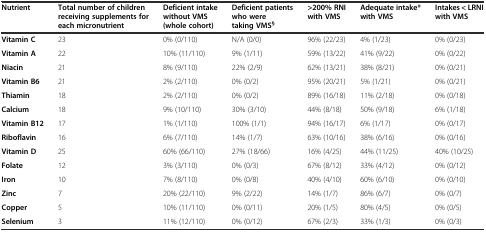
<table><thead><tr><td><b>Nutrient</b></td><td><b>Total number of children receiving supplements for each micronutrient</b></td><td><b>Deficient intake without VMS (whole cohort)</b></td><td><b>Deficient patients who were taking VMS<sup>§</sup></b></td><td><b>&gt;200% RNI with VMS</b></td><td><b>Adequate intake* with VMS</b></td><td><b>Intakes &lt; LRNI with VMS</b></td></tr></thead><tbody><tr><td><b>Vitamin C</b></td><td>23</td><td>0% (0/110)</td><td>N/A (0/0)</td><td>96% (22/23)</td><td>4% (1/23)</td><td>0% (0/23)</td></tr><tr><td><b>Vitamin A</b></td><td>22</td><td>10% (11/110)</td><td>9% (1/11)</td><td>59% (13/22)</td><td>41% (9/22)</td><td>0% (0/22)</td></tr><tr><td><b>Niacin</b></td><td>21</td><td>8% (9/110)</td><td>22% (2/9)</td><td>62% (13/21)</td><td>38% (8/21)</td><td>0% (0/21)</td></tr><tr><td><b>Vitamin B6</b></td><td>21</td><td>2% (2/110)</td><td>0% (0/2)</td><td>95% (20/21)</td><td>5% (1/21)</td><td>0% (0/21)</td></tr><tr><td><b>Thiamin</b></td><td>18</td><td>2% (2/110)</td><td>0% (0/2)</td><td>89% (16/18)</td><td>11% (2/18)</td><td>0% (0/18)</td></tr><tr><td><b>Calcium</b></td><td>18</td><td>9% (10/110)</td><td>30% (3/10)</td><td>44% (8/18)</td><td>50% (9/18)</td><td>6% (1/18)</td></tr><tr><td><b>Vitamin B12</b></td><td>17</td><td>1% (1/110)</td><td>100% (1/1)</td><td>94% (16/17)</td><td>6% (1/17)</td><td>0% (0/17)</td></tr><tr><td><b>Riboflavin</b></td><td>16</td><td>6% (7/110)</td><td>14% (1/7)</td><td>63% (10/16)</td><td>38% (6/16)</td><td>0% (0/16)</td></tr><tr><td><b>Vitamin D</b></td><td>25</td><td>60% (66/110)</td><td>27% (18/66)</td><td>16% (4/25)</td><td>44% (11/25)</td><td>40% (10/25)</td></tr><tr><td><b>Folate</b></td><td>12</td><td>3% (3/110)</td><td>0% (0/3)</td><td>67% (8/12)</td><td>33% (4/12)</td><td>0% (0/12)</td></tr><tr><td><b>Iron</b></td><td>10</td><td>7% (8/110)</td><td>0% (0/8)</td><td>40% (4/10)</td><td>60% (6/10)</td><td>0% (0/10)</td></tr><tr><td><b>Zinc</b></td><td>7</td><td>20% (22/110)</td><td>9% (2/22)</td><td>14% (1/7)</td><td>86% (6/7)</td><td>0% (0/7)</td></tr><tr><td><b>Copper</b></td><td>5</td><td>10% (11/110)</td><td>0% (0/11)</td><td>20% (1/5)</td><td>80% (4/5)</td><td>0% (0/5)</td></tr><tr><td><b>Selenium</b></td><td>3</td><td>11% (12/110)</td><td>0% (0/12)</td><td>67% (2/3)</td><td>33% (1/3)</td><td>0% (0/3)</td></tr></tbody></table>